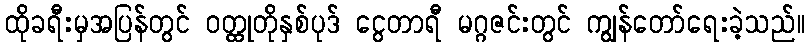
ထိုခရီးမှအပြန်တွင် ဝတ္ထုတိုနှစ်ပုဒ် ငွေတာရီ မဂ္ဂဇင်းတွင် ကျွန်တော်ရေးခဲ့သည်။